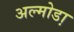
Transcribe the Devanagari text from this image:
अल्मोडा़